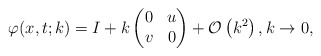
\begin{align*}\varphi(x,t;k)=I+k\begin{pmatrix}0 & u \\v & 0\end{pmatrix}+\mathcal{O}\left(k^2\right), k \rightarrow 0,\end{align*}